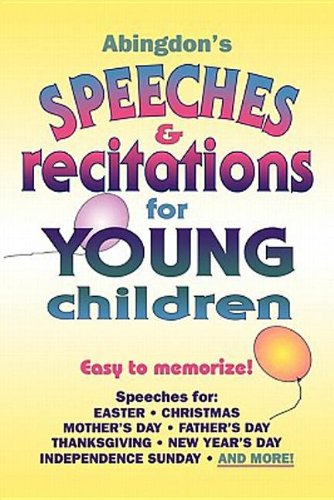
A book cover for Abingdon's Speeches &  Recitations for Young Children; Abingdon Press; Literature & Fiction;